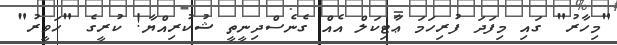
"މިހާރު" ގައި މިފަދަ ފުރިހަމަ ޢާޓިކަލް އެއް ގެނެސްދިނީތީ ޝުކުރިއްޔާ! ކުރީގެ "ހަވީރު"